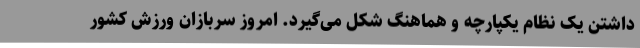
داشتن یک نظام یکپارچه و هماهنگ شکل می‌گیرد. امروز سربازان ورزش کشور